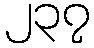
၂၃၇